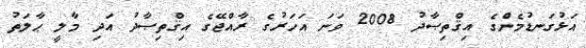
އަޅުގަނޑުމެންގެ އިޤްތިޞާދު 2008 ވަނަ އަހަރުގެ ރާއްޖޭގެ އިޤްތިޞާދު އަދި މާލީ ޙާލަތު